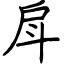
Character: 戽